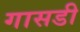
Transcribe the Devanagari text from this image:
गासडी